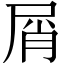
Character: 屑